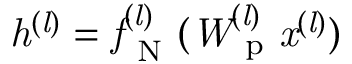
\it { { h ^ { ( l ) } } = f _ { \mathrm { ~ N ~ } } ^ { ( l ) } ( W _ { \mathrm { ~ p ~ } } ^ { ( l ) } x ^ { ( l ) } ) }